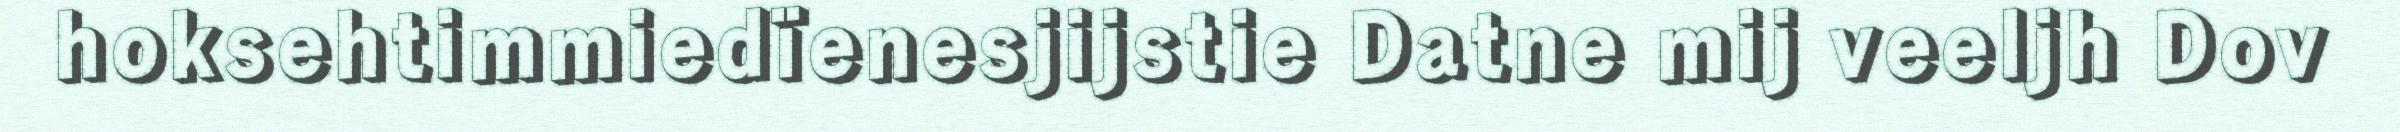
hoksehtimmiedïenesjijstie Datne mij veeljh Dov